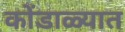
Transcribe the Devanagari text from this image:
कोंडाळ्यात